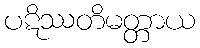
ပဋိဿတိမတ္တာယ